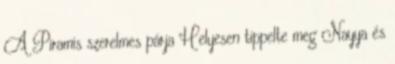
A Piramis szerelmes párja Helyesen tippelte meg Nayya és